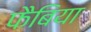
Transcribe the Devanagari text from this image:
फैबिया